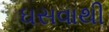
ઘસવાથી